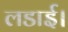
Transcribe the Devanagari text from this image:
लडाई।